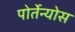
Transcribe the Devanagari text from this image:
पोर्तेन्योस